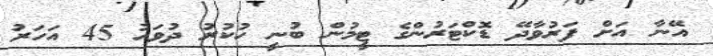
އޭނާ އަށް ފަރުވާދޭ ޑޮކްޓަރުންގެ ޓީމުން ބުނީ ހުކުރު ދުވަހު 45 އަހަރު